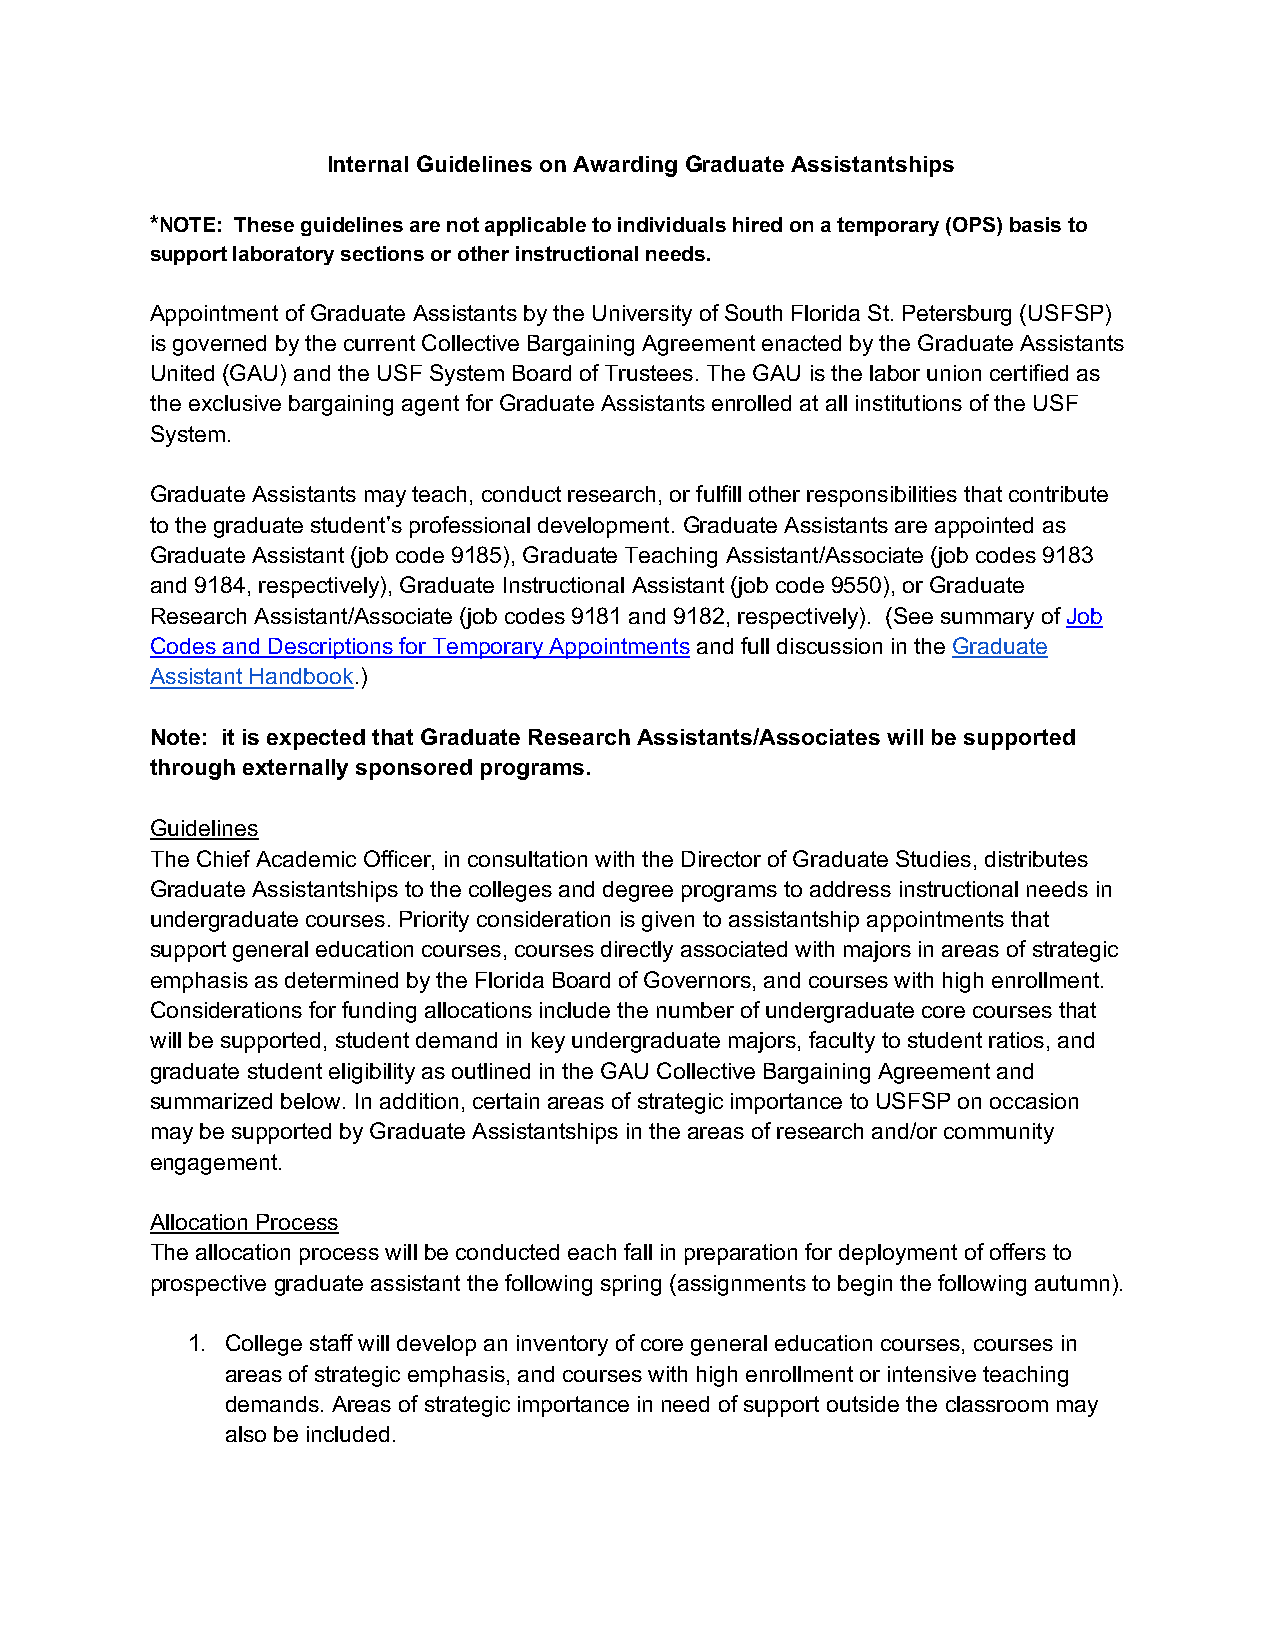
Internal Guidelines on Awarding Graduate Assistantships
 *NOTE: These guidelines are not applicable to individuals hired on a temporary (OPS) basis to
 support laboratory sections or other instructional needs.
 Appointment of Graduate Assistants by the University of South Florida St. Petersburg (USFSP)
 is governed by the current Collective Bargaining Agreement enacted by the Graduate Assistants
 United (GAU) and the USF System Board of Trustees. The GAU is the labor union certified as
 the exclusive bargaining agent for Graduate Assistants enrolled at all institutions of the USF
 System.
 Graduate Assistants may teach, conduct research, or fulfill other responsibilities that contribute
 to the graduate student’s professional development. Graduate Assistants are appointed as
 Graduate Assistant (job code 9185), Graduate Teaching Assistant/Associate (job codes 9183
 and 9184, respectively), Graduate Instructional Assistant (job code 9550), or Graduate
 Research Assistant/Associate (job codes 9181 and 9182, respectively). (See summary of Job
 Codes and Descriptions for Temporary Appointments and full discussion in the Graduate
 Assistant Handbook.)
 Note: it is expected that Graduate Research Assistants/Associates will be supported
 through externally sponsored programs.
 Guidelines
 The Chief Academic Officer, in consultation with the Director of Graduate Studies, distributes
 Graduate Assistantships to the colleges and degree programs to address instructional needs in
 undergraduate courses. Priority consideration is given to assistantship appointments that
 support general education courses, courses directly associated with majors in areas of strategic
 emphasis as determined by the Florida Board of Governors, and courses with high enrollment.
 Considerations for funding allocations include the number of undergraduate core courses that
 will be supported, student demand in key undergraduate majors, faculty to student ratios, and
 graduate student eligibility as outlined in the GAU Collective Bargaining Agreement and
 summarized below. In addition, certain areas of strategic importance to USFSP on occasion
 may be supported by Graduate Assistantships in the areas of research and/or community
 engagement.
 Allocation Process
 The allocation process will be conducted each fall in preparation for deployment of offers to
 prospective graduate assistant the following spring (assignments to begin the following autumn).
 1. College staff will develop an inventory of core general education courses, courses in
 areas of strategic emphasis, and courses with high enrollment or intensive teaching
 demands. Areas of strategic importance in need of support outside the classroom may
 also be included.